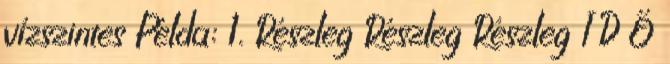
vízszintes Példa: 1. Részleg Részleg Részleg I D Ő